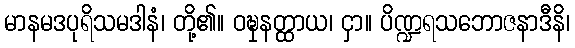
မာနမဒပုရိသမဒါနံ၊ တို့၏။ ဝဍ္ဎှနတ္ထာယ၊ ငှာ။ ပိဏ္ဍရသဘောဇနာဒီနိ၊